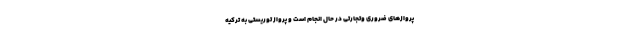
پروازهای ضروری وتجارتی در حال انجام است و پرواز توریستی به ترکیه